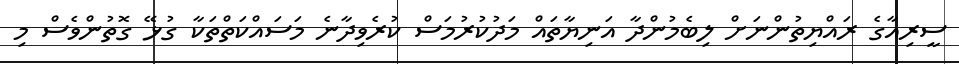
ސީރިއާގެ ރައްޔިތުންނަށް ލިބެމުންދާ އަނިޔާތައް މަދުކުރުމަސް ކުރެވިދާނެ މަސައްކަތްތަކާ ގުޅޭ ގޮތުންވެސް މި